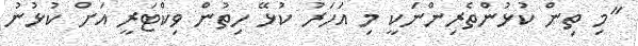
"މި ތިން ކުޅުންތެރިންނަކީ މި އަހަރު ކުޅޭ ހިތުން ވިކްޓަރީ އަށް ކުޅުނު